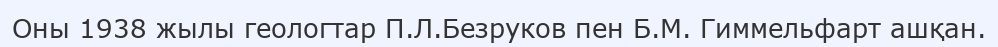
Оны 1938 жылы геологтар П.Л.Безруков пен Б.М. Гиммельфарт ашқан.